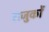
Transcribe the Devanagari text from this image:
राजुकों